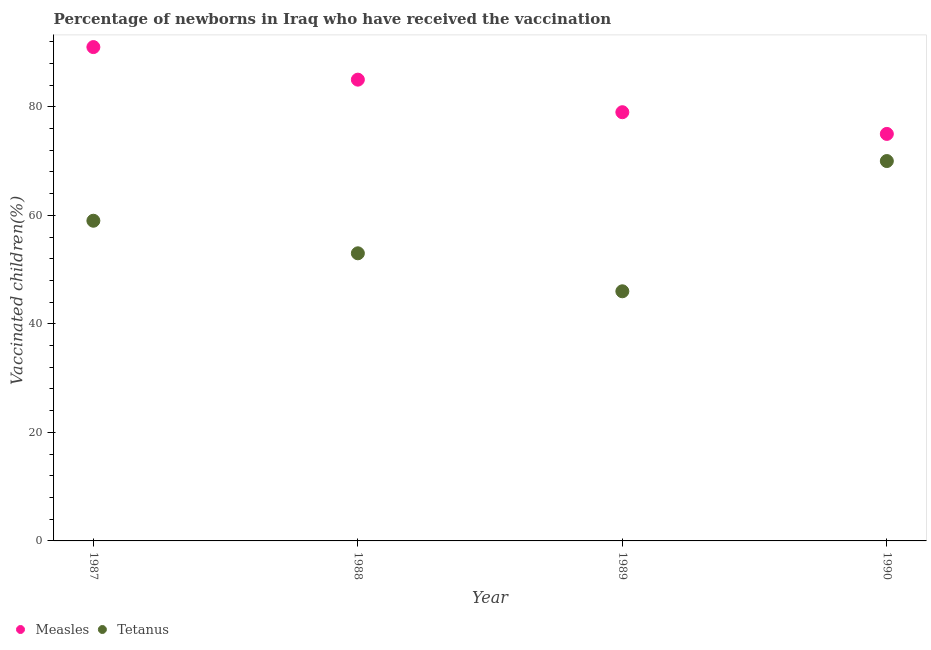
| Year | Measles | Tetanus |
 | --- | --- | --- |
 | 1987 | 91 | 59 |
 | 1988 | 85 | 53 |
 | 1989 | 79 | 46 |
 | 1990 | 75 | 70 |